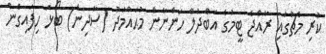
ކުރި މެޗުގައި ރާއްޖެ ޓީމުގެ އަބްދުލް ހަންނާން މުޙައްމަދު (ސާދިން) ބޯޅަ ހިފައިގެން